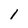
Character: 1